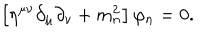
\left[ \eta ^ { \mu \nu } \partial _ { \mu } \partial _ { \nu } + m _ { n } ^ { 2 } \right] \varphi _ { n } = 0 .